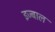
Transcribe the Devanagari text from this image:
इज्बाल